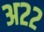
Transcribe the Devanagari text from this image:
अ२२